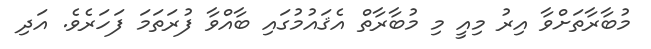
މުބާރާތަށްވާ އިރު މިއީ މި މުބާރާތް އެޤައުމުގައި ބާއްވާ ފުރަތަމަ ފަހަރެވެ. އަދި